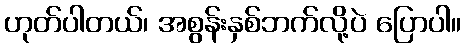
ဟုတ်ပါတယ်၊ အစွန်းနှစ်ဘက်လို့ပဲ ပြောပါ။